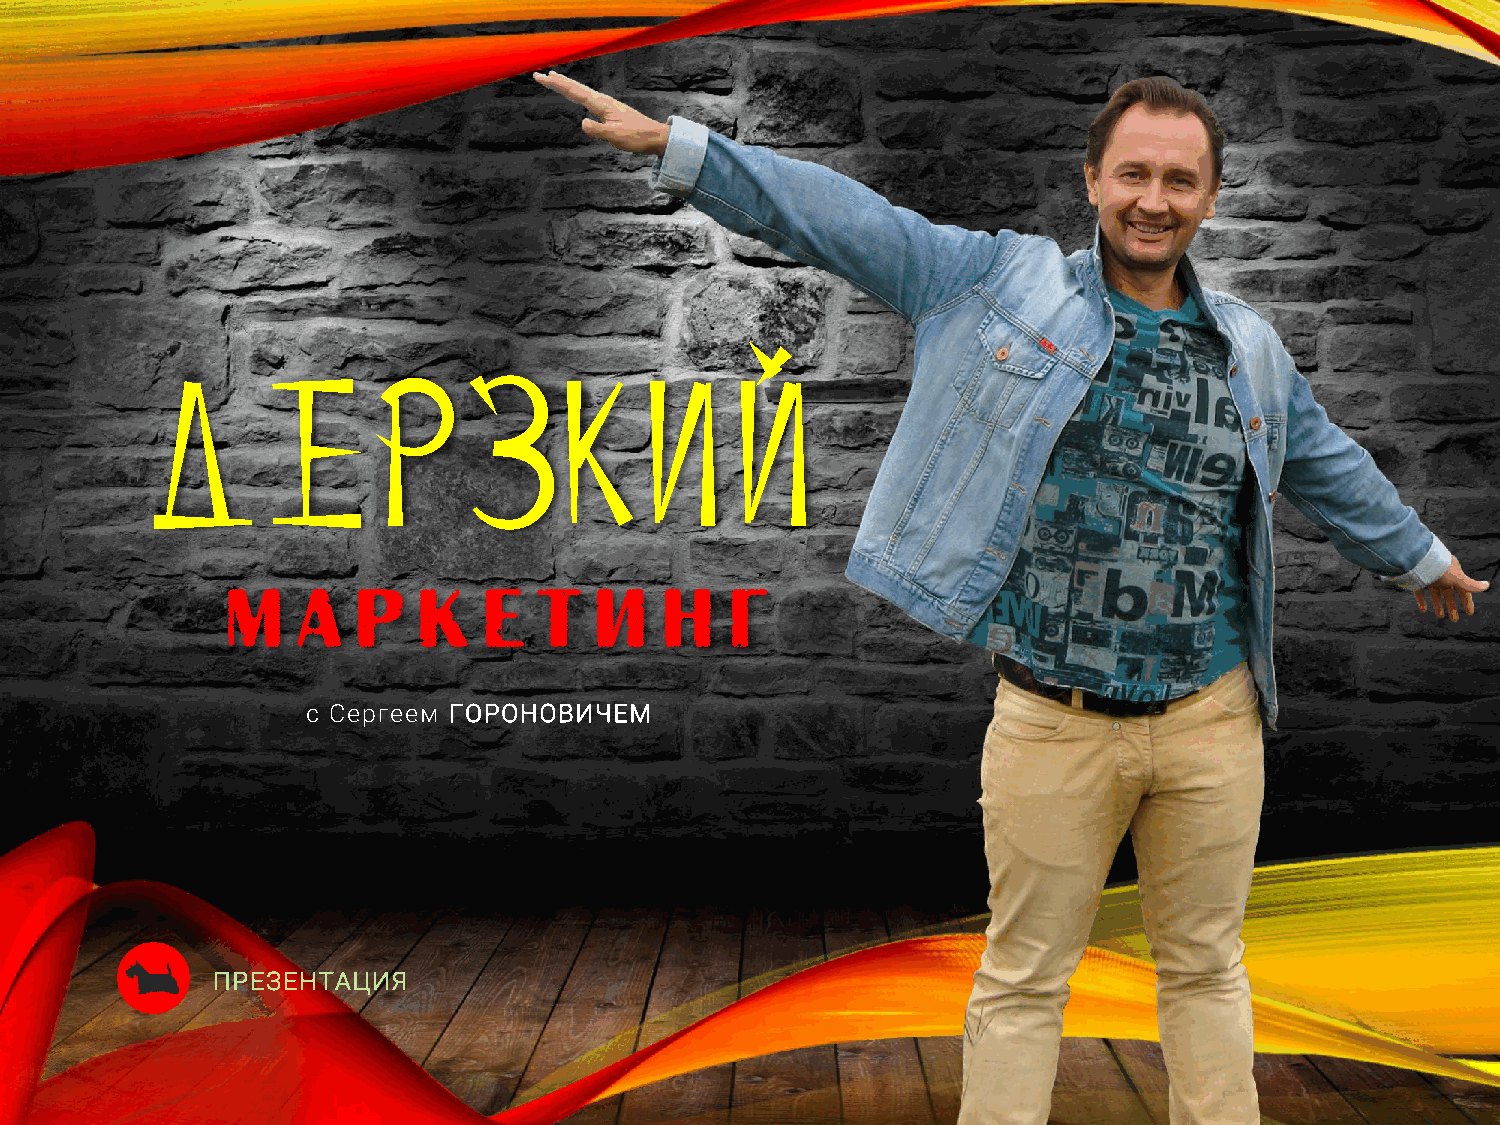
Д      е       р     з     к     и    й
 с Сергеем ГОРОНОВИЧЕМ
 ПРЕЗЕНТАЦИЯ